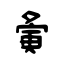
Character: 夤